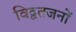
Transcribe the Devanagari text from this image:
विद्वतजनों